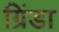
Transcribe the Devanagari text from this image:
ग्रिंडा